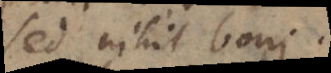
sed nihil boni.